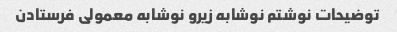
توضیحات نوشتم‌ نوشابه زیرو نوشابه معمولی فرستادن